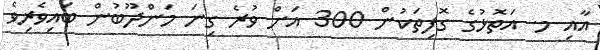
އާއި މ. އަތޮޅުގެ ގޮފިތަކުން 300 އަށް ވުރެ ގިނަ މަންދޫބުން ބައިވެރިވެ